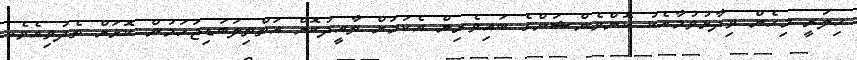
ހިލަރީ މިހެން ވިދާޅުވުމާއެކު ކޮންވެންޝަންގެ ބައިވެރިން އެކަމަށް ތާއީދުކޮށް އަތްތިލަބަޑިޖަހަމުން ކޮޅަށް ތެދުވިއެވެ.